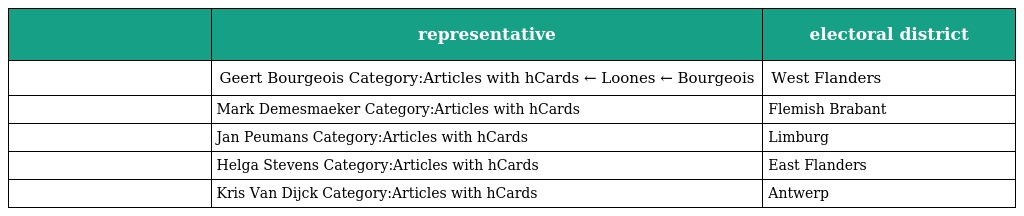
|  | representative | electoral district |
 | --- | --- | --- |
 |  | Geert Bourgeois Category:Articles with hCards ← Loones ← Bourgeois | West Flanders |
 |  | Mark Demesmaeker Category:Articles with hCards | Flemish Brabant |
 |  | Jan Peumans Category:Articles with hCards | Limburg |
 |  | Helga Stevens Category:Articles with hCards | East Flanders |
 |  | Kris Van Dijck Category:Articles with hCards | Antwerp |